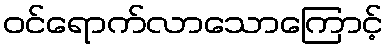
ဝင်ရောက်လာသောကြောင့်